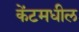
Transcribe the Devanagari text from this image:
केंटमधील